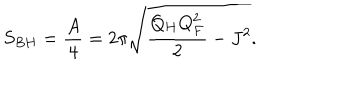
S _ { B H } = { \frac { A } { 4 } } = 2 \pi \sqrt { { \frac { Q _ { H } Q _ { F } ^ { 2 } } { 2 } } - J ^ { 2 } } .